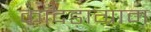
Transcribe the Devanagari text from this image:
काँदड़ाग्राम